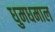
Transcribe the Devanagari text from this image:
धुमधमाल